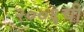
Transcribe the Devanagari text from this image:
२००६ची